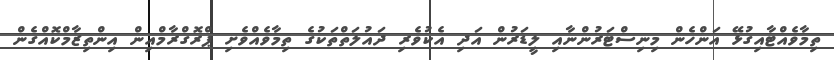
ތިމާވެއްޓާއިގުޅޭ އަންހެން މިނިސްޓަރުންނާއި ލީޑަރުން އަދި އެކުވެރި ދައުލަތްތަކުގެ ތިމާވެއްވެށި ޕްރޮގްރާމްއިން އިންތިޒާމްކޮއްގެން